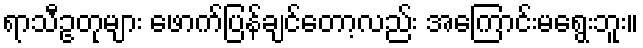
ရာသီဥတုများ ဖောက်ပြန်ချင်တော့လည်း အကြောင်းမရွေးဘူး။